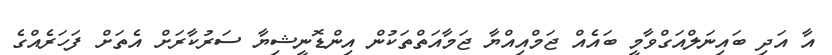
އާ އަދި ބައިނަލްއަގްވާމީ ބައެއް ޖަމްއިއްޔާ ޖަމާއަތްތަކުން އިންޑޮނީޝިޔާ ސަރުކާރަށް އެތަށް ފަހަރެއްގެ